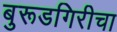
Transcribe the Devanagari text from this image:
बुरूडगिरीचा